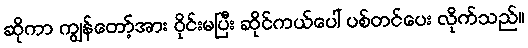
ဆိုကာ ကျွန်တော့်အား ဝိုင်းမပြီး ဆိုင်ကယ်ပေါ် ပစ်တင်ပေး လိုက်သည်။